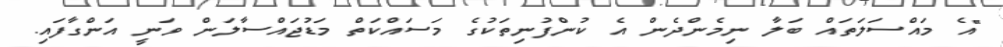
"އެ މައްސަލަތައް ބަލާ ނިމެންދެން އެ ކުންފުނިތަކުގެ މަސައްކަތް މަޑުޖައްސާލަން ވަނީ އަންގާފައި.